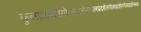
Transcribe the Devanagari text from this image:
कुलप्रदर्शनगोलप्रदर्शनगोलप्रदर्शनगोलप्रदर्शनगोलप्रदर्शनलक्ष्य